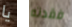
يا فقدته